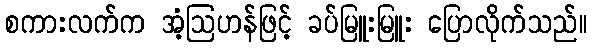
စကားလက်က အံ့ဩဟန်ဖြင့် ခပ်မြူးမြူး ပြောလိုက်သည်။